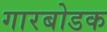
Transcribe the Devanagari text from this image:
गारबोडक